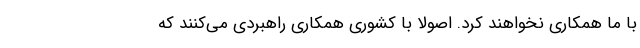
با ما همکاری نخواهند کرد. اصولاً با کشوری همکاری راهبردی می‌کنند که